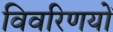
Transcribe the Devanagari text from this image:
विवरिणयों